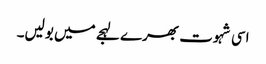
اسی شہوت بھرے لہجے میں بولیں۔